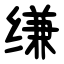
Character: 缣